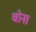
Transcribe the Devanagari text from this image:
चोना